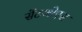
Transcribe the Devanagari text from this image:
सेंटओएस